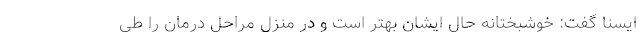
ایسنا گفت: خوشبختانه حال ایشان بهتر است و در منزل مراحل درمان را طی